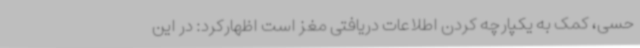
حسی، کمک به یکپارچه کردن اطلاعات دریافتی مغز است اظهارکرد: در این